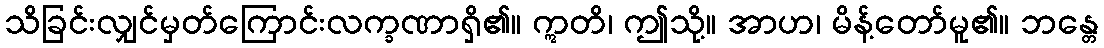
သိခြင်းလျှင်မှတ်ကြောင်းလက္ခဏာရှိ၏။ ဣတိ၊ ဤသို့။ အာဟ၊ မိန့်တော်မူ၏။ ဘန္တေ